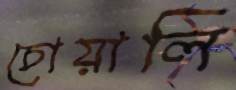
চোয়ালি